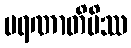
မရဏာတိပိဿ